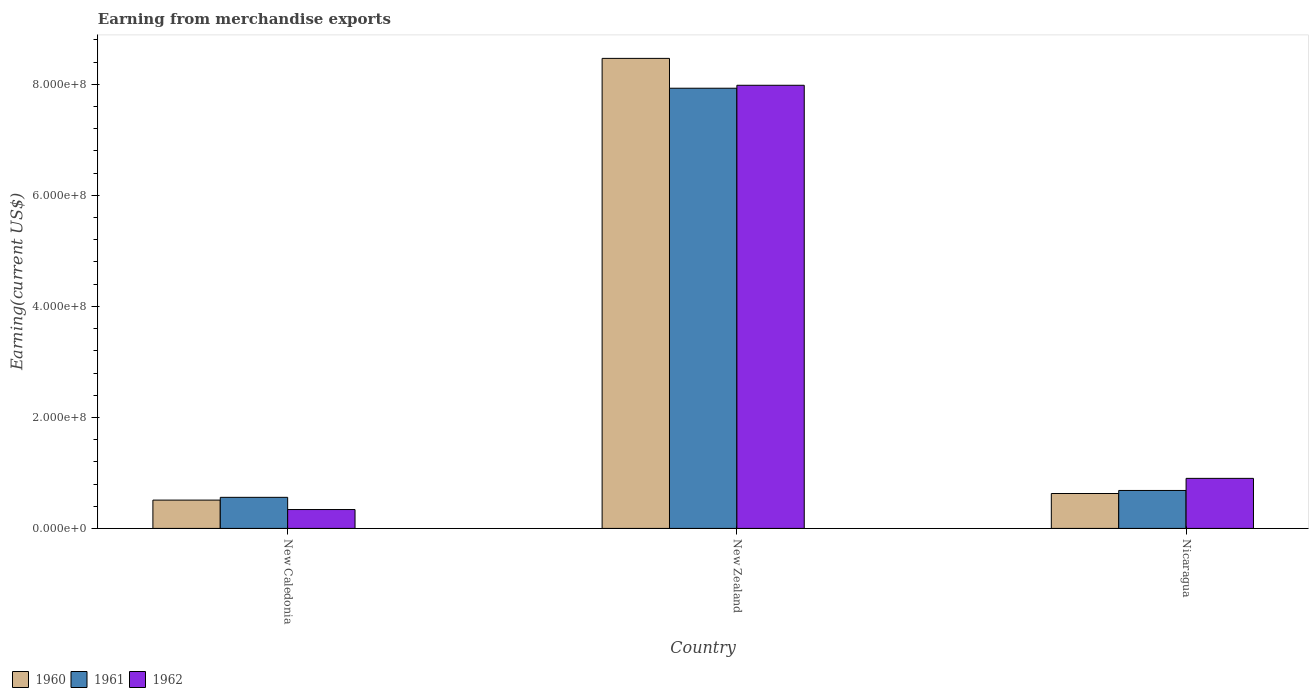
| Country | 1960 | 1961 | 1962 |
 | --- | --- | --- | --- |
 | New Caledonia | 5.1e+07 | 5.6e+07 | 3.4e+07 |
 | New Zealand | 8.47e+08 | 7.93e+08 | 7.98e+08 |
 | Nicaragua | 6.29e+07 | 6.84e+07 | 9.02e+07 |